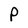
Character: P